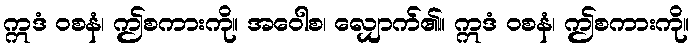
ဣဒံ ဝစနံ၊ ဤစကားကို။ အဝေါစ၊ လျှောက်၏။ ဣဒံ ဝစနံ၊ ဤစကားကို။